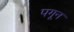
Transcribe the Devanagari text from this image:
पगून